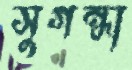
সুগন্ধা